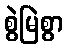
စွဲမြဲစွာ